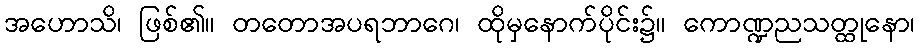
အဟောသိ၊ ဖြစ်၏။ တတောအပရဘာဂေ၊ ထိုမှနောက်ပိုင်း၌။ ကောဏ္ဍညသတ္ထုနော၊